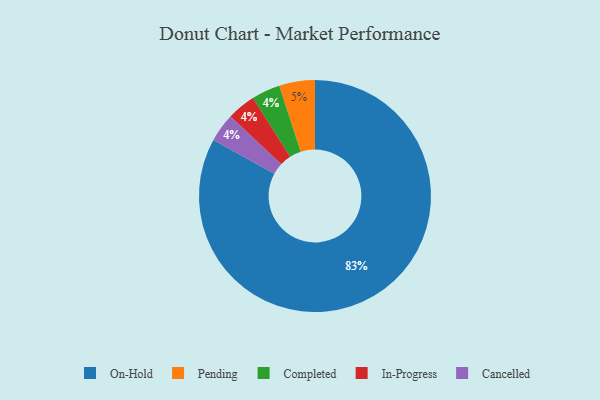
{"axis": {"x": "Category", "y": "Percentage"}, "legend": ["Cancelled", "Completed", "In-Progress", "On-Hold", "Pending"], "data": [{"x": "Completed", "y": 4, "type": "Completed"}, {"x": "In-Progress", "y": 4, "type": "In-Progress"}, {"x": "Cancelled", "y": 4, "type": "Cancelled"}, {"x": "On-Hold", "y": 83, "type": "On-Hold"}, {"x": "Pending", "y": 5, "type": "Pending"}]}